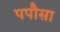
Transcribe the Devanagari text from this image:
पपौसा